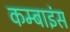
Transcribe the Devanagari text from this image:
कम्बाइंस